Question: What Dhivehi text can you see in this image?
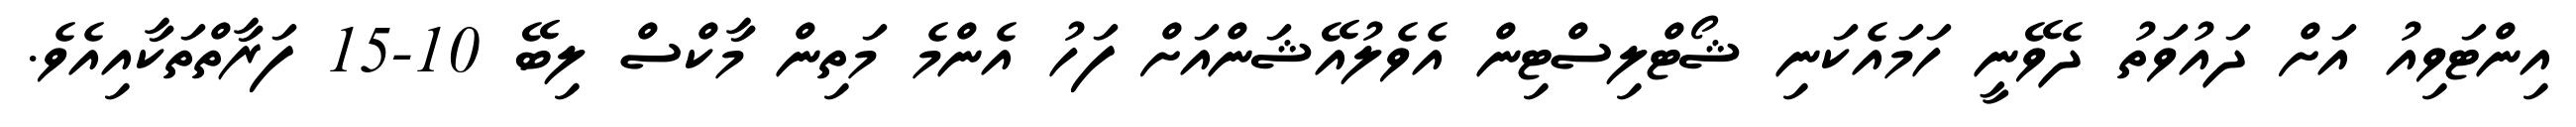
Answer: އިންޓަވިއު އަށް ދައުވަތު ދެވޭނީ ހަމައެކަނި ޝޯޓްލިސްޓިން އެވެލުއޭޝަންއަށް ފަހު އެންމެ މަތިން މާކްސް ލިބޭ 10-15 ފަރާތްތަކާއިއެވެ.